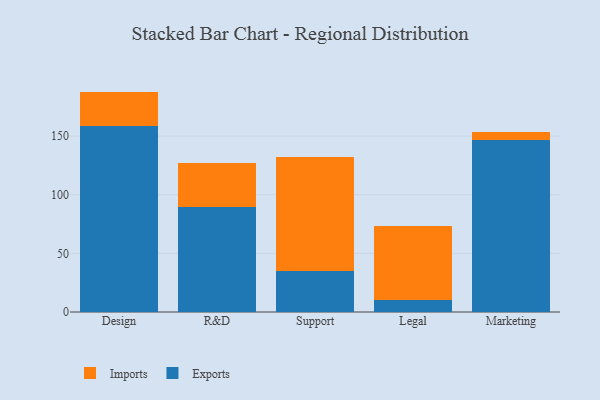
{"axis": {"x": "Department", "y": "Net Income (USD K)"}, "legend": ["Exports", "Imports"], "data": [{"x": "Design", "y": 158.6, "type": "Exports"}, {"x": "Design", "y": 29.3, "type": "Imports"}, {"x": "R&D", "y": 89.1, "type": "Exports"}, {"x": "R&D", "y": 37.9, "type": "Imports"}, {"x": "Support", "y": 35.1, "type": "Exports"}, {"x": "Support", "y": 97.0, "type": "Imports"}, {"x": "Legal", "y": 10.0, "type": "Exports"}, {"x": "Legal", "y": 63.2, "type": "Imports"}, {"x": "Marketing", "y": 146.7, "type": "Exports"}, {"x": "Marketing", "y": 7.0, "type": "Imports"}]}